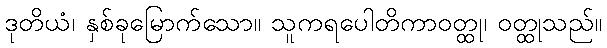
ဒုတိယံ၊ နှစ်ခုမြောက်သော။ သူကရပေါတိကာဝတ္ထု၊ ဝတ္ထုသည်။